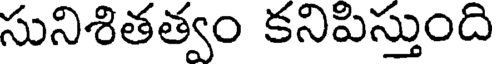
సునిశితత్వం కనిపిస్తుంది